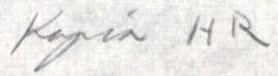
Kopia HR